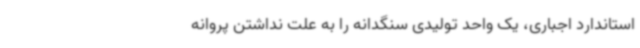
استاندارد اجباری، یک واحد تولیدی سنگدانه را به علت نداشتن پروانه